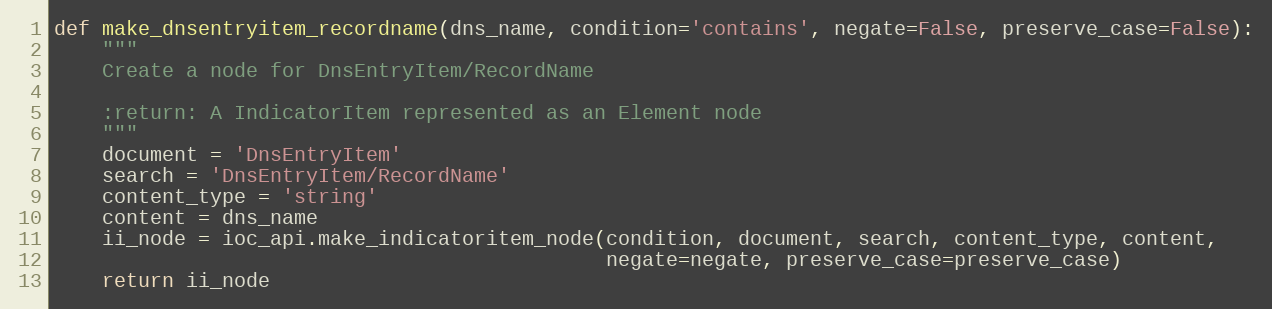
Language: Python
def make_dnsentryitem_recordname(dns_name, condition='contains', negate=False, preserve_case=False):
    """
    Create a node for DnsEntryItem/RecordName

    :return: A IndicatorItem represented as an Element node
    """
    document = 'DnsEntryItem'
    search = 'DnsEntryItem/RecordName'
    content_type = 'string'
    content = dns_name
    ii_node = ioc_api.make_indicatoritem_node(condition, document, search, content_type, content,
                                              negate=negate, preserve_case=preserve_case)
    return ii_node